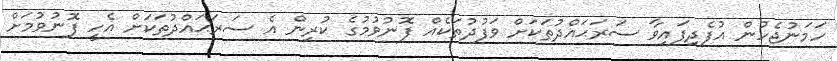
ހަމަނުޖެހުން އުފެދިފައިވާ ސަރަޙައްދުތަކަށް ވަފުދުތަކެއް ފޮނުވުމުގެ ކުރިން އެ ސަރަޙައްދުތަކަށް އެހީ ފޮނުވުމަށް